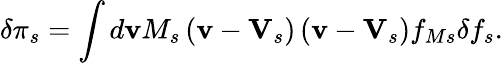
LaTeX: \delta\pi_{s}=\int d\mathbf{v}M_{s}\left(\mathbf{v}-\mathbf{V}_{s}\right)\left(\mathbf{v}-\mathbf{V}_{s}\right)f_{Ms}\delta f_{s}.